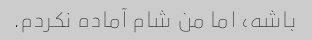
باشه، اما من شام آماده نکردم.